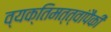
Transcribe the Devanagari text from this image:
व्यक्तिमत्त्वांपैकी